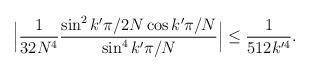
LaTeX: \begin{align*}\Big|\frac{1}{32 N^4}\frac{ \sin^2 k' \pi/2N \cos k' \pi/N}{ \sin^4 k' \pi/N}\Big|\leq \frac{1}{512 k'^4}.\end{align*}